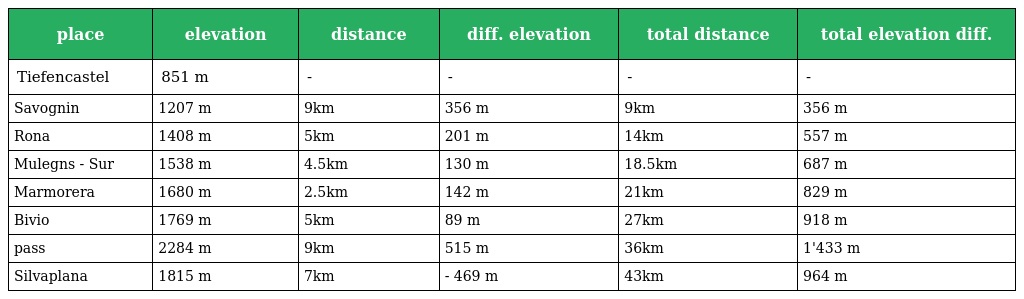
| place | elevation | distance | diff. elevation | total distance | total elevation diff. |
 | --- | --- | --- | --- | --- | --- |
 | Tiefencastel | 851 m | - | - | - | - |
 | Savognin | 1207 m | 9km | 356 m | 9km | 356 m |
 | Rona | 1408 m | 5km | 201 m | 14km | 557 m |
 | Mulegns - Sur | 1538 m | 4.5km | 130 m | 18.5km | 687 m |
 | Marmorera | 1680 m | 2.5km | 142 m | 21km | 829 m |
 | Bivio | 1769 m | 5km | 89 m | 27km | 918 m |
 | pass | 2284 m | 9km | 515 m | 36km | 1'433 m |
 | Silvaplana | 1815 m | 7km | - 469 m | 43km | 964 m |